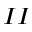
_ { I I }